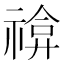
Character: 𥚫